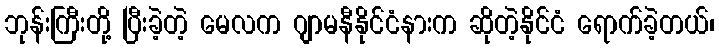
ဘုန်းကြီးတို့ ပြီးခဲ့တဲ့ မေလက ဂျာမနီနိုင်ငံနားက ဆိုတဲ့နိုင်ငံ ရောက်ခဲ့တယ်၊